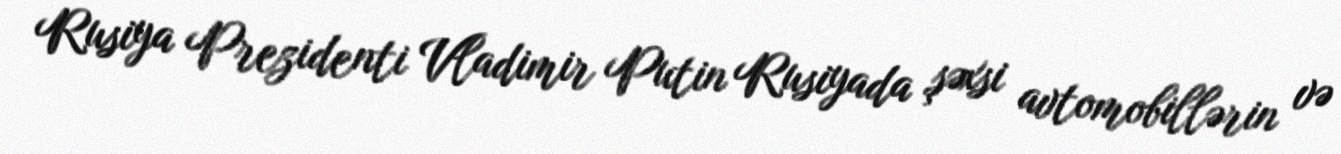
Rusiya Prezidenti Vladimir Putin Rusiyada şəxsi avtomobillərin və